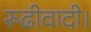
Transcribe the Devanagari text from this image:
रूढीवादी।